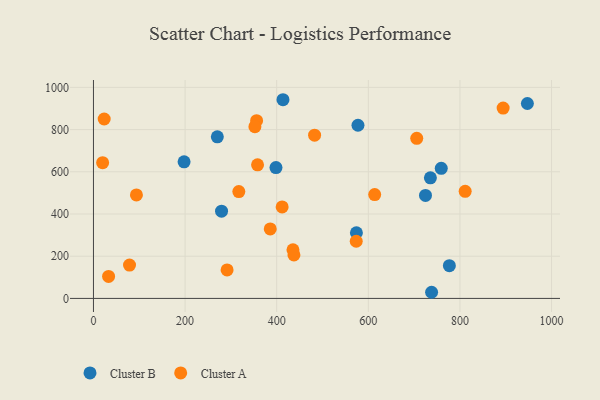
{"axis": {"x": "Investment", "y": "Demand"}, "legend": ["Cluster A", "Cluster B"], "data": [{"x": "574.0", "y": 311.2, "type": "Cluster B"}, {"x": "738.1", "y": 29.1, "type": "Cluster B"}, {"x": "759.2", "y": 616.5, "type": "Cluster B"}, {"x": "270.4", "y": 765.6, "type": "Cluster B"}, {"x": "776.9", "y": 155.1, "type": "Cluster B"}, {"x": "398.4", "y": 620.2, "type": "Cluster B"}, {"x": "577.4", "y": 820.5, "type": "Cluster B"}, {"x": "413.7", "y": 941.5, "type": "Cluster B"}, {"x": "724.8", "y": 488.2, "type": "Cluster B"}, {"x": "735.5", "y": 571.2, "type": "Cluster B"}, {"x": "279.6", "y": 413.5, "type": "Cluster B"}, {"x": "197.8", "y": 647.3, "type": "Cluster B"}, {"x": "947.2", "y": 923.5, "type": "Cluster B"}, {"x": "435.5", "y": 230.3, "type": "Cluster A"}, {"x": "613.9", "y": 492.2, "type": "Cluster A"}, {"x": "894.3", "y": 901.7, "type": "Cluster A"}, {"x": "33.0", "y": 104.1, "type": "Cluster A"}, {"x": "356.1", "y": 842.1, "type": "Cluster A"}, {"x": "291.7", "y": 134.8, "type": "Cluster A"}, {"x": "385.9", "y": 329.5, "type": "Cluster A"}, {"x": "358.2", "y": 632.9, "type": "Cluster A"}, {"x": "411.9", "y": 433.7, "type": "Cluster A"}, {"x": "317.3", "y": 506.4, "type": "Cluster A"}, {"x": "811.4", "y": 507.5, "type": "Cluster A"}, {"x": "705.7", "y": 758.8, "type": "Cluster A"}, {"x": "437.6", "y": 206.0, "type": "Cluster A"}, {"x": "352.4", "y": 813.6, "type": "Cluster A"}, {"x": "573.6", "y": 270.9, "type": "Cluster A"}, {"x": "78.7", "y": 158.2, "type": "Cluster A"}, {"x": "20.0", "y": 643.1, "type": "Cluster A"}, {"x": "482.7", "y": 773.6, "type": "Cluster A"}, {"x": "23.4", "y": 850.1, "type": "Cluster A"}, {"x": "93.8", "y": 490.3, "type": "Cluster A"}]}